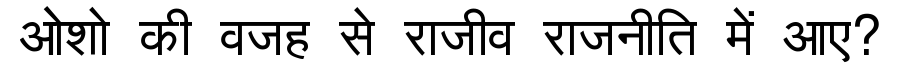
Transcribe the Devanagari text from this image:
ओशो की वजह से राजीव राजनीति में आए?